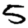
Digit: 5